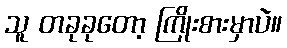
သူ တခုခုတော့ ကြိုးစားမှာပဲ။